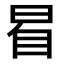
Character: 𣆢